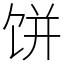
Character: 饼